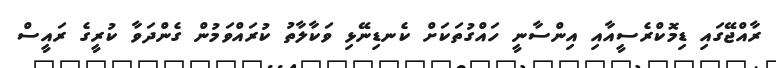
ރާއްޖޭގައި ޑިމޮކްރެސީއާއި އިންސާނީ ހައްގުތަކަށް ކެނޑިނޭޅި ވަކާލާތު ކުރައްވަމުން ގެންދަވާ ކުރީގެ ރައީސް